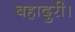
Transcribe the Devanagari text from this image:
बहादुरी।